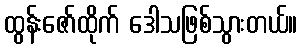
ထွန်းဇော်ထိုက် ဒေါသဖြစ်သွားတယ်။